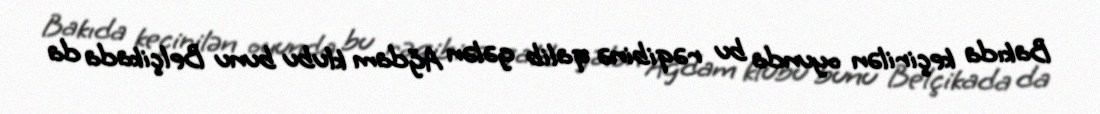
Bakıda keçirilən oyunda bu rəqibinə qalib gələn Ağdam klubu bunu Belçikada da